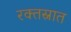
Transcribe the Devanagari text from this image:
रक्तस्नात